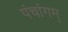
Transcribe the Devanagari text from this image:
पंचांगम्